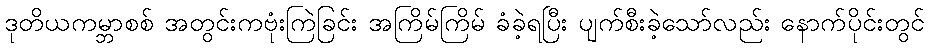
ဒုတိယကမ္ဘာစစ် အတွင်းကဗုံးကြဲခြင်း အကြိမ်ကြိမ် ခံခဲ့ရပြီး ပျက်စီးခဲ့သော်လည်း နောက်ပိုင်းတွင်